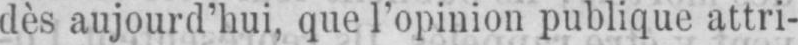
dès aujourd’hui, que l’opinion publique attri-